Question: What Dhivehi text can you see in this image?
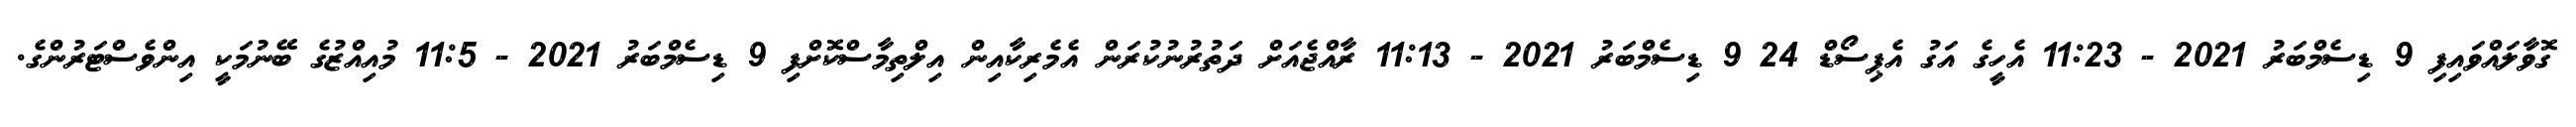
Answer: ގޮވާލައްވައިފި 9 ޑިސެމްބަރު 2021 - 11:23 އެހީގެ އަގު އެޕިސޯޑް 24 9 ޑިސެމްބަރު 2021 - 11:13 ރާއްޖެއަށް ދަތުރުނުކުރަން އެމެރިކާއިން އިލްތިމާސްކޮށްފި 9 ޑިސެމްބަރު 2021 - 11:5 މުއިއްޒުގެ ބޭނުމަކީ އިންވެސްޓަރުންގެ.